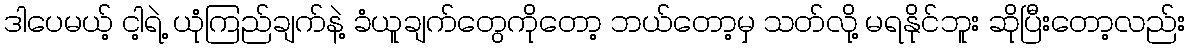
ဒါပေမယ့် ငါ့ရဲ့ ယုံကြည်ချက်နဲ့ ခံယူချက်တွေကိုတော့ ဘယ်တော့မှ သတ်လို့ မရနိုင်ဘူး ဆိုပြီးတော့လည်း